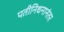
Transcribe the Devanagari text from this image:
पतीनिधनानंतर